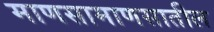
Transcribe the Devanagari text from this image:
माणसामाणसातील